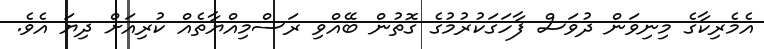
އެމެރިކާގެ މިނިވަން ދުވަސް ފާހަގަކުރުމުގެ ގޮތުން ބޭއްވި ރަސްމިއްޔާތެއް ކުރިއަށް ދިޔަ އެވެ.